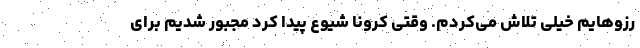
رزوهایم خیلی تلاش می‌کردم. وقتی کرونا شیوع پیدا کرد مجبور شدیم برای